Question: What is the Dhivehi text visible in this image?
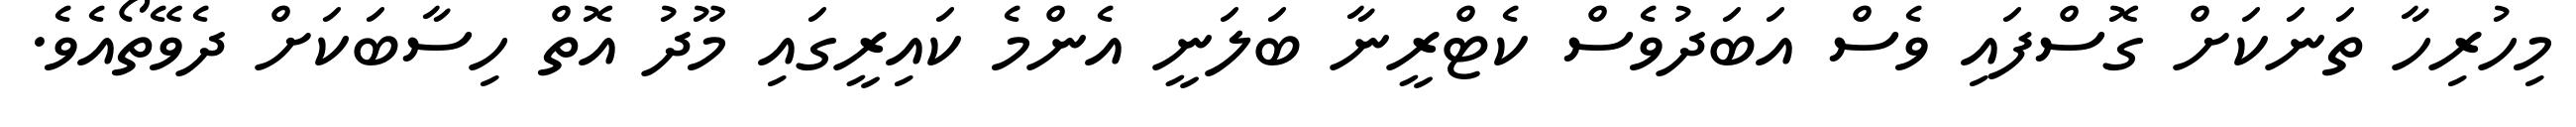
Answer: މިހުރިހާ ތަނަކަށް ގޮސްފައި ވެސް އަބަދުވެސް ކެޓްރީނާ ބަލަނީ އެންމެ ކައިރީގައި މޫދު އޮތް ހިސާބަކަށް ދެވޭތޯއެވެ.